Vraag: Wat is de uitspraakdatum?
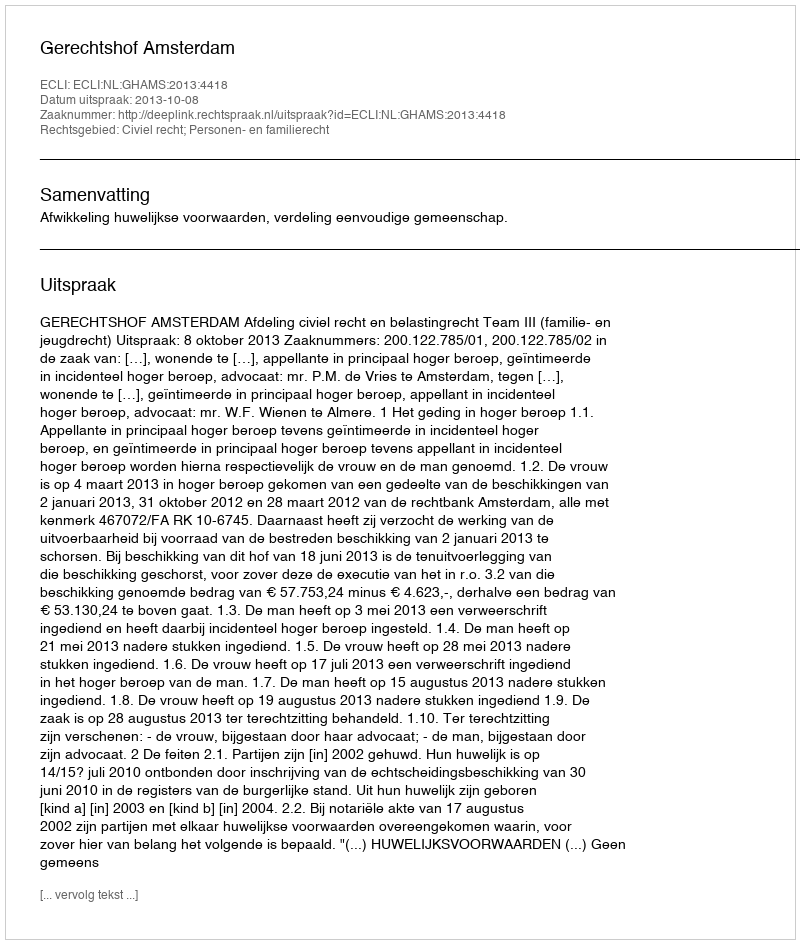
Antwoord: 2013-10-08